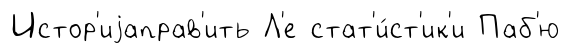
Истор'иjаправ'ить Л'е стат'и́ст'ик'и Паб'ю